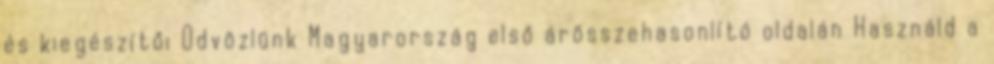
és kiegészítői Üdvözlünk Magyarország első árösszehasonlító oldalán Használd a